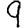
Digit: 9